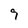
Character: 9